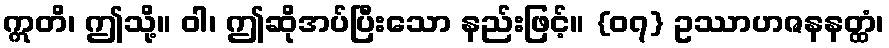
ဣတိ၊ ဤသို့။ ဝါ၊ ဤဆိုအပ်ပြီးသော နည်းဖြင့်။ {၀၇} ဥဿာဟဇနနတ္ထံ၊